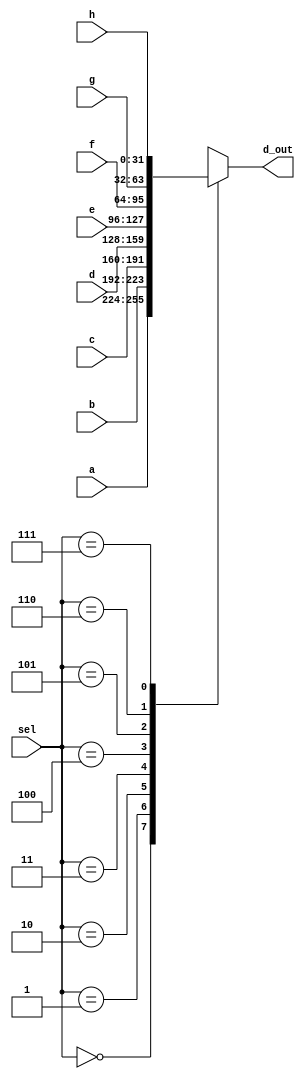
module _8_to_1_MUX(a, b, c, d, e, f, g, h, sel, d_out);	//_8_to_1 mux
	input [31:0] a, b, c, d, e, f, g, h;						// 32bits 8 inputs
	input [2:0]	sel;													// 3bits input sel
	output reg[31:0]d_out;											// 32bits output d_out
	
	always@(sel, a, b, c, d, e, f, g, h)begin
		case(sel)
			3'b000: d_out=a;			//when 000, d_out=a
			3'b001: d_out=b;			//when 001, d_out=b
			3'b010: d_out=c;			//when 010, d_out=c
			3'b011: d_out=d;			//when 011, d_out=d
			3'b100: d_out=e;			//when 100, d_out=e
			3'b101: d_out=f;			//when 101, d_out=f
			3'b110: d_out=g;			//when 110, d_out=g
			3'b111: d_out=h;			//when 111, d_out=h
			default:d_out=32'hx;		//when default, d_out=unknown
		endcase
	end
endmodule